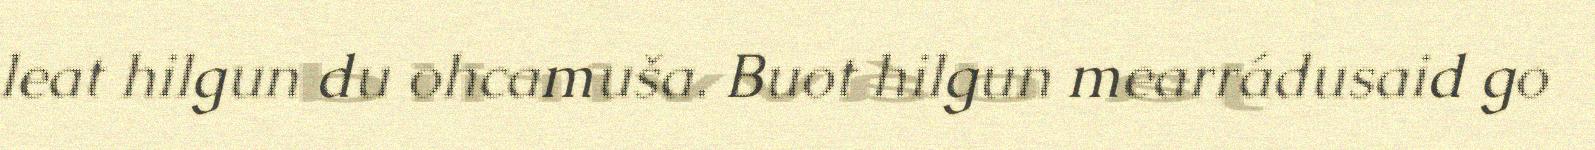
leat hilgun du ohcamuša. Buot hilgun mearrádusaid go